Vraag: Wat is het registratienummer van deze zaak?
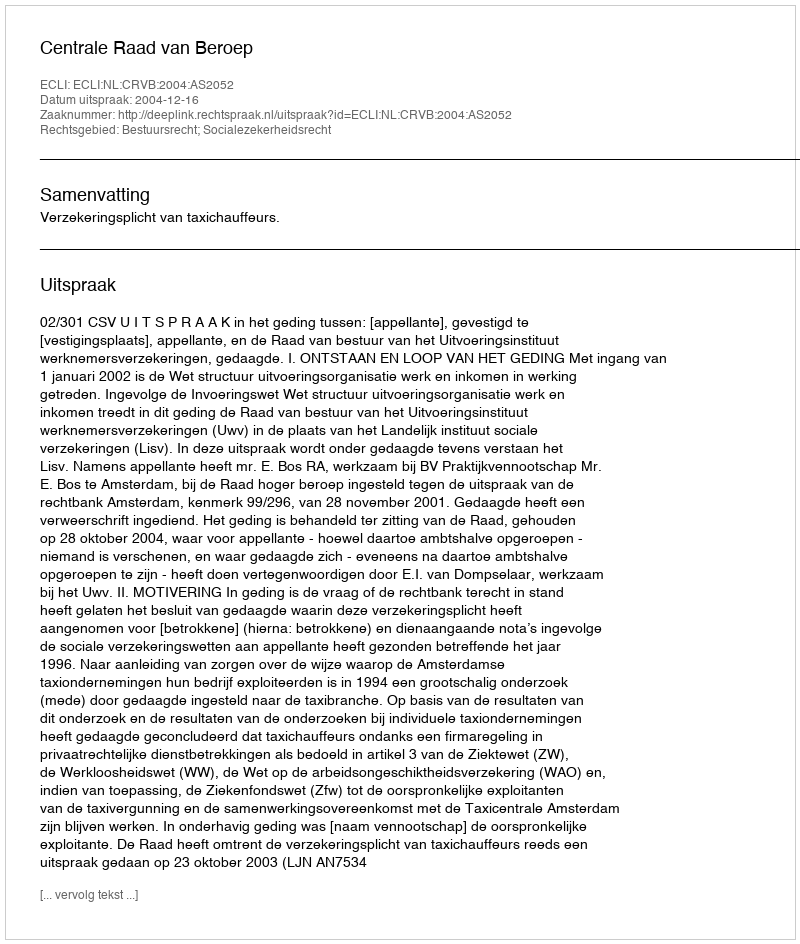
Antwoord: http://deeplink.rechtspraak.nl/uitspraak?id=ECLI:NL:CRVB:2004:AS2052